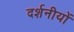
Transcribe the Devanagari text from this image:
दर्शनीयों